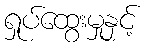
ရှုပ်ထွေးမှုနှင့်